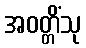
အဝတ္တိံသု